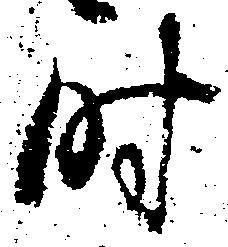
時